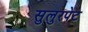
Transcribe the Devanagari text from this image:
सुलुरपेट